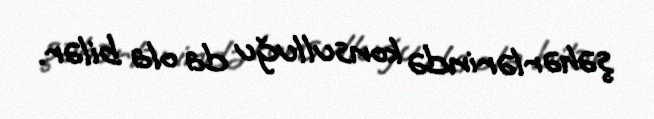
şəhərlərində konsulluğu da ola bilər.